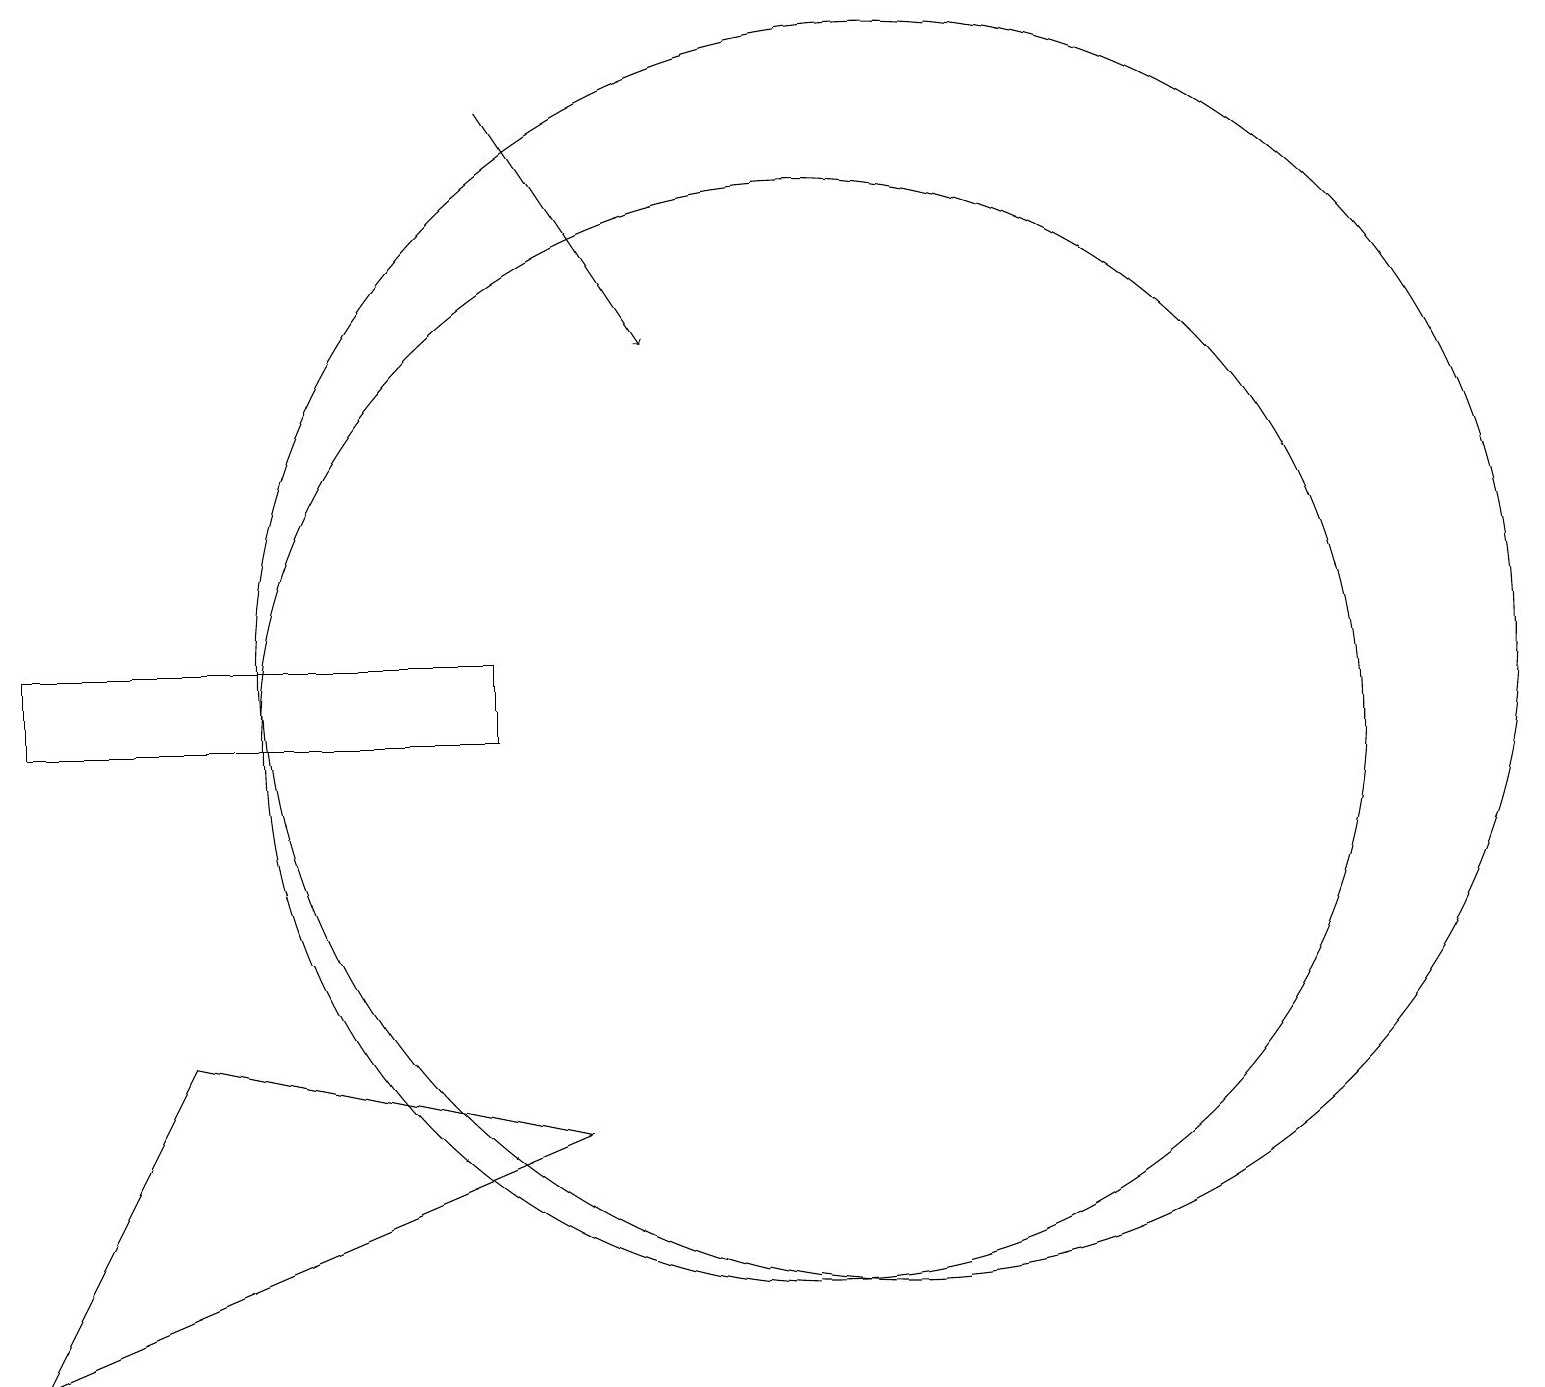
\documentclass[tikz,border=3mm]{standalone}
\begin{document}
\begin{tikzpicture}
\draw (8,5) -- (3,6) -- (1,2) -- cycle;
\draw (12,11) circle (8);
\draw[->] (7,18) -- (9,15);
\draw (11,10) circle (7);
\draw (7,11) rectangle (1,10);
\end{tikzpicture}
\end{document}